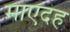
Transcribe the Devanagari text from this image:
माएदह